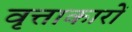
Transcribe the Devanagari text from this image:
वृत्ताकारों